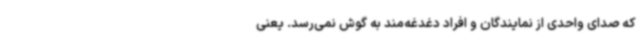
که صدای واحدی از نمایندگان و افراد دغدغه‌مند به گوش نمی‌رسد. یعنی